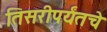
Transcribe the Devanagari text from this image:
तिसरीपर्यंतचे